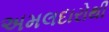
અમલદારોથી